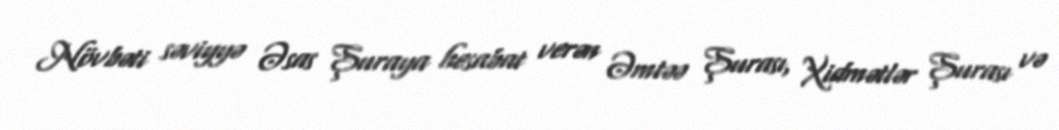
Növbəti səviyyə Əsas Şuraya hesabat verən Əmtəə Şurası, Xidmətlər Şurası və